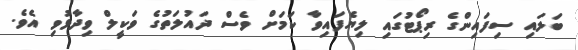
ބަލައި ސިފައިންގެ ރިޕޯޓުގައި ލިޔެފައިވާ ކަމަށް ވެސް ދައުލަތުގެ ވަކީލް ވިދާޅުވި އެވެ.